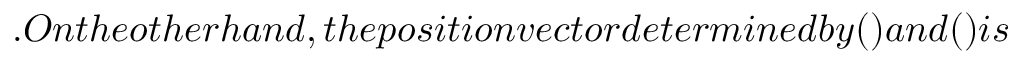
. O n t h e o t h e r h a n d , t h e p o s i t i o n v e c t o r d e t e r m i n e d b y ( ) a n d ( ) i s